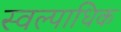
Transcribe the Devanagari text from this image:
स्वल्पाधिक